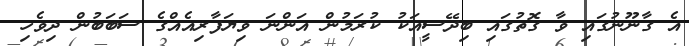
އެ ގާނޫނުގައި ވާ ގޮތުގައި ބިދޭސީއަކު ކުރަމުން އަންނަ ވިޔަފާރިއެއްގެ ސަބަބުން ދިވެހި